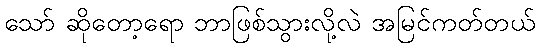
သော် ဆိုတော့ရော ဘာဖြစ်သွားလို့လဲ အမြင်ကတ်တယ်